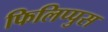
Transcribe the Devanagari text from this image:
फिलिप्पुस